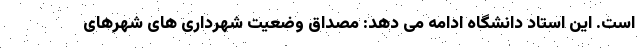
است. این استاد دانشگاه ادامه می دهد: مصداق وضعیت شهرداری های شهرهای